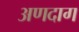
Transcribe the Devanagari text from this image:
अणदाग